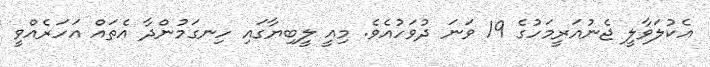
އެކުލަވާލީ ޖެނުއަރީމަހުގެ 19 ވަނަ ދުވަހުއެވެ. މިއީ ލީބިޔާގައި ހިނގަމުންދާ އެތައް އަހަރެއްވީ